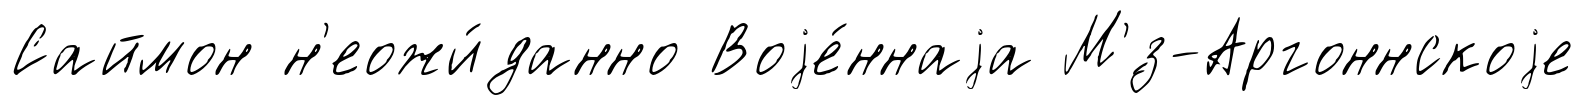
Саймон н'еожи́данно Воjе́ннаjа М'́з-Аргоннскоjе